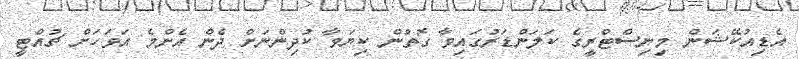
އެޑިއުކޭޝަން މިނިސްޓްރީގެ ކަލަންޑަރުގައިވާ ގޮތުން ކިޔަވާ ކުދިންނަަށް ދެން އެންމެ އަވަހަށް ޗުއްޓީ